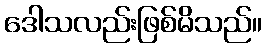
ဒေါသလည်းဖြစ်မိသည်။